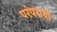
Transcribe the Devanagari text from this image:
परंपरायों